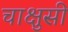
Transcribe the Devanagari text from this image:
चाक्षुसी